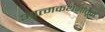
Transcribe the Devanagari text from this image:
आत्मकथनांतून